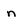
Character: n